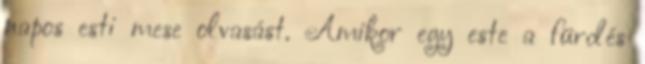
napos esti mese olvasást. Amikor egy este a fürdés